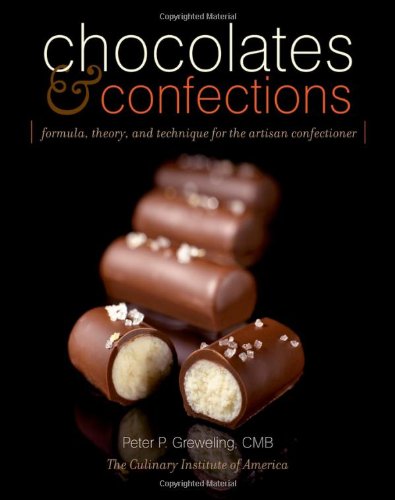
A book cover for Chocolates and Confections: Formula, Theory, and Technique for the Artisan Confectioner; Peter P. Greweling; Cookbooks, Food & Wine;